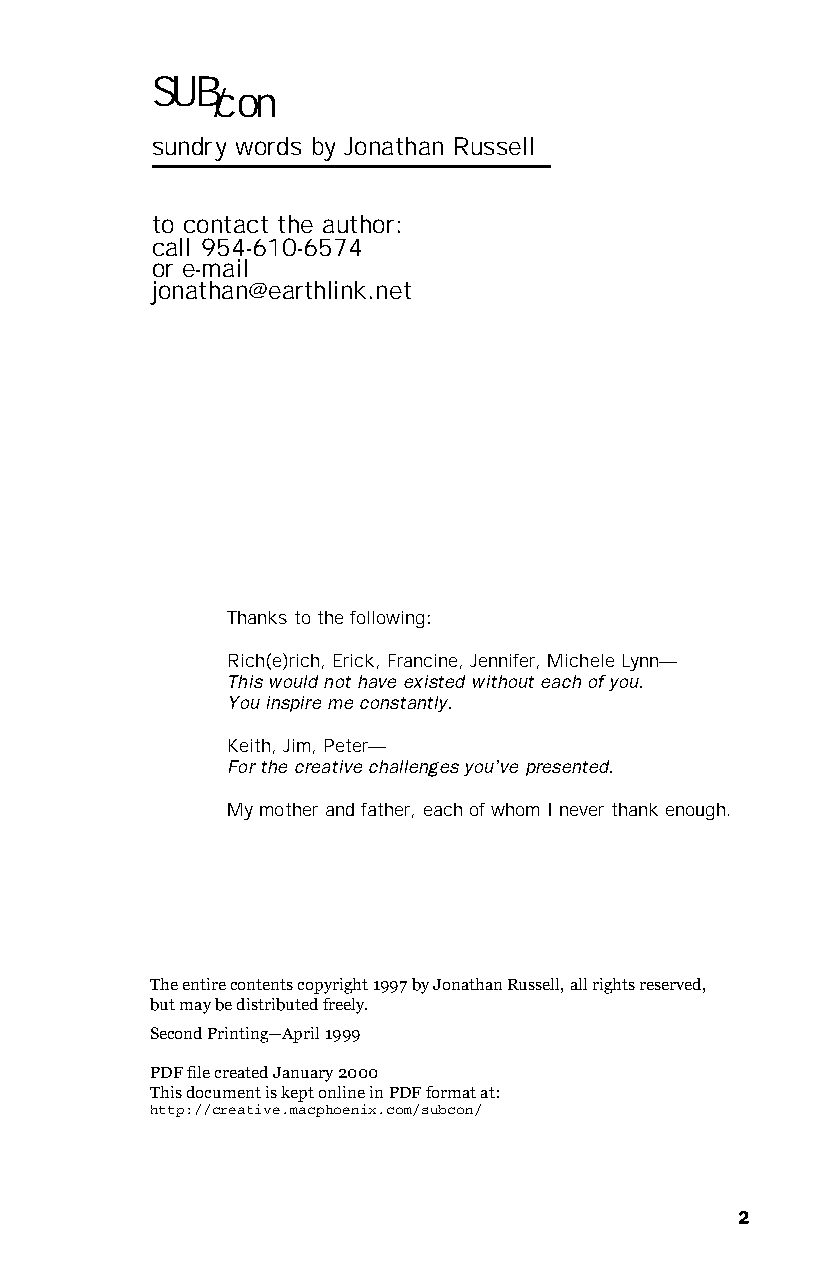
SUB
 c⁄ on
 sundry words by Jonathan Russell
 to contact the author:
 call 954-610-6574
 or e-mail
 jonathan@earthlink.net
 Thanks to the following:
 Rich(e)rich, Erick, Francine, Jennifer, Michele Lynn—
 This would not have existed without each of you.
 You inspire me constantly.
 Keith, Jim, Peter—
 For the creative challenges you’ve presented.
 My mother and father, each of whom I never thank enough.
 The entire contents copyright 1997 by Jonathan Russell, all rights reserved,
 but may be distributed freely.
 Second Printing—April 1999
 PDF file created January 2000
 This document is kept online in PDF format at:
 http://creative.macphoenix.com/subcon/
 2